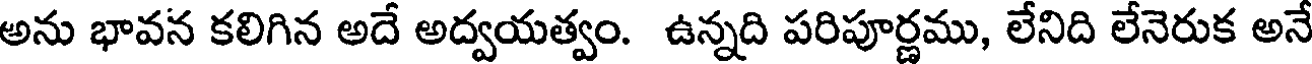
అను భావన కలిగిన అదే అద్వయత్వం. ఉన్నది పరిపూర్ణము, లేనిది లేనెరుక అనే